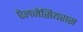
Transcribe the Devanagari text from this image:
ऐलजेसियरास